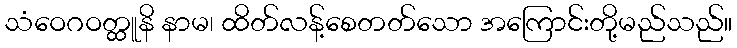
သံဝေဂဝတ္ထူနိ နာမ၊ ထိတ်လန့်စေတတ်သော အကြောင်းတို့မည်သည်။